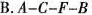
B.A-C-F-B